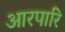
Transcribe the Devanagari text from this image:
आरपारि